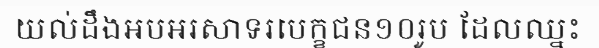
យល់ដឹងអបអរសាទរបេក្ខជន១០រូប ដែលឈ្នះ